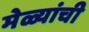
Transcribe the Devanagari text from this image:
मेळ्यांची